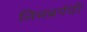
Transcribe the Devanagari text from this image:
लिमबर्गची